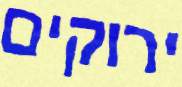
ירוקים